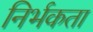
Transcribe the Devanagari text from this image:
निर्भकता